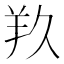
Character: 𮊣